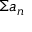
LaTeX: \Sigma a _ { n }